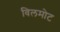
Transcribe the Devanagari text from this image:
विलमोट